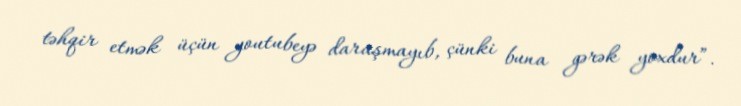
təhqir etmək üçün youtubeyə daraşmayıb, çünki buna gərək yoxdur”.